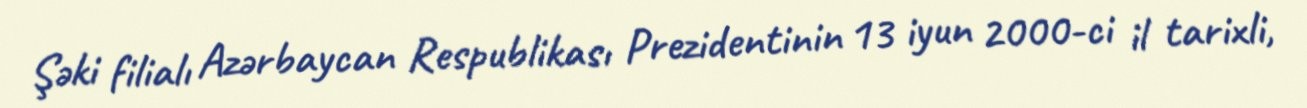
Şəki filialı Azərbaycan Respublikası Prezidentinin 13 iyun 2000-ci il tarixli,